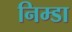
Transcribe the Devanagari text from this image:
निम्डा